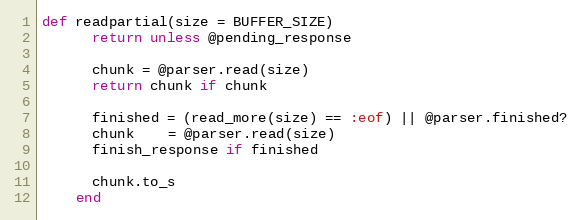
Language: Ruby
def readpartial(size = BUFFER_SIZE)
      return unless @pending_response

      chunk = @parser.read(size)
      return chunk if chunk

      finished = (read_more(size) == :eof) || @parser.finished?
      chunk    = @parser.read(size)
      finish_response if finished

      chunk.to_s
    end